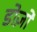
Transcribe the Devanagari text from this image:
डोज़ों